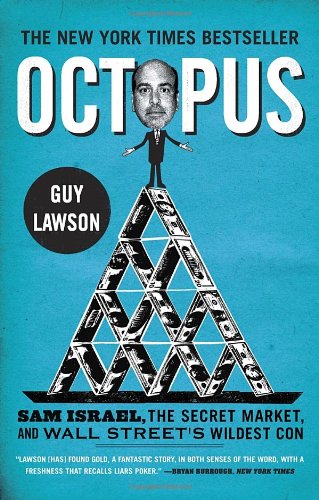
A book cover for Octopus: Sam Israel, the Secret Market, and Wall Street's Wildest Con; Guy Lawson; Biographies & Memoirs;